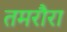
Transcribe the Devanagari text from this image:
तमरौरा